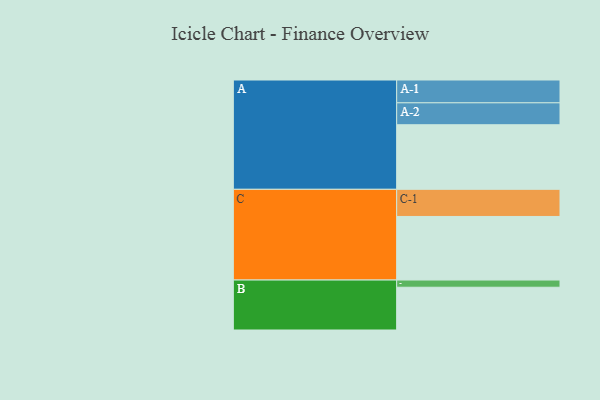
{"axis": {"x": "Segment", "y": "Value"}, "legend": ["", "A", "B", "C"], "data": [{"x": "A", "y": 583, "type": ""}, {"x": "B", "y": 386, "type": ""}, {"x": "C", "y": 574, "type": ""}, {"x": "A-1", "y": 206, "type": "A"}, {"x": "A-2", "y": 198, "type": "A"}, {"x": "B-1", "y": 65, "type": "B"}, {"x": "C-1", "y": 245, "type": "C"}]}